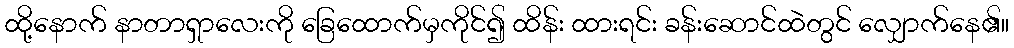
ထို့နောက် နာတာရှာလေးကို ခြေထောက်မှကိုင်၍ ထိန်း ထားရင်း ခန်းဆောင်ထဲတွင် လျှောက်နေ၏။